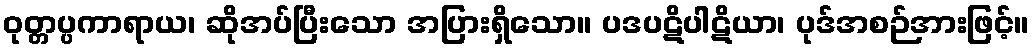
ဝုတ္တပ္ပကာရာယ၊ ဆိုအပ်ပြီးသော အပြားရှိသော။ ပဒပဋိပါဋိယာ၊ ပုဒ်အစဉ်အားဖြင့်။